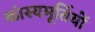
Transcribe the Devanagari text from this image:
कांस्यमूर्तियों